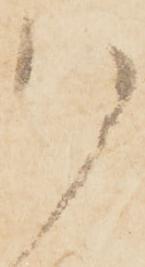
ハ